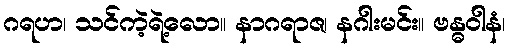
ဂရဟ၊ သင်ကဲ့ရဲ့လော။ နာဂရာဇ၊ နဂါးမင်း။ ဗန္ဓဝါနံ၊